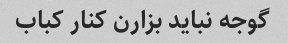
گوجه نباید بزارن کنار کباب